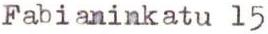
Fabianinkatu 15